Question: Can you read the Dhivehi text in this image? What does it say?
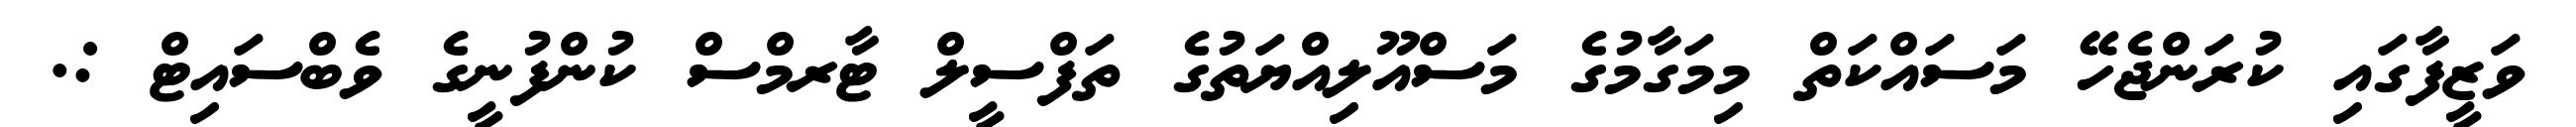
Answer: ވަޒީފާގައި ކުރަންޖެހޭ މަސައްކަތް މިމަގާމުގެ މަސްއޫލިއްޔަތުގެ ތަފްސީލް ޓާރމްސް ކުންފުނީގެ ވެބްސައިޓް :.